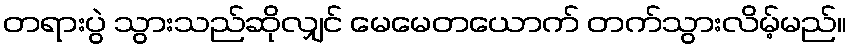
တရားပွဲ သွားသည်ဆိုလျှင် မေမေတယောက် တက်သွားလိမ့်မည်။